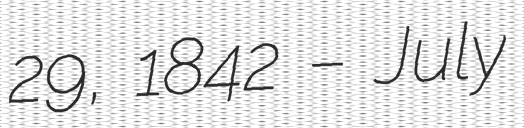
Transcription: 29, 1842 – July